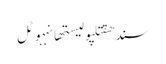
سندھقتلپولیستھانہہوٹل